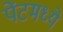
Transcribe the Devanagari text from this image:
पेंटमध्ये